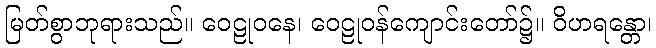
မြတ်စွာဘုရားသည်။ ဝေဠုဝနေ၊ ဝေဠုဝန်ကျောင်းတော်၌။ ဝိဟရန္တော၊